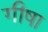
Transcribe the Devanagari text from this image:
गीषा